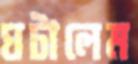
ঘটালেম